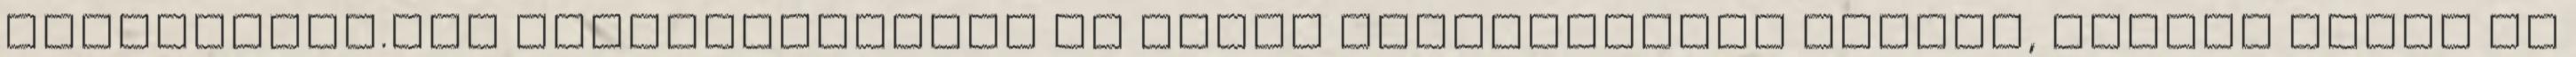
HáziPatika.com Orvoskeresőben az Önhöz legközelebbi orvost, akinél NARVA SR